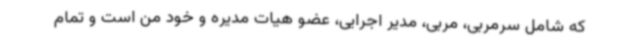
که شامل سرمربی، مربی، مدیر اجرایی، عضو هیات مدیره و خود من است و تمام